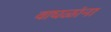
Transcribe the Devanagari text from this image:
वाघळांना